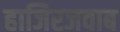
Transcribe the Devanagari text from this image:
हाजिरजवाब